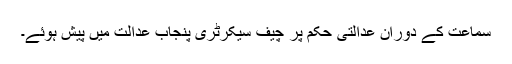
سماعت کے دوران عدالتی حکم پر چیف سیکرٹری پنجاب عدالت میں پیش ہوئے۔